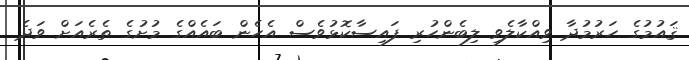
ޤައުމުގެ ހަރުމުދާ ވިއްކާލެވި ލިބެންހުރި ފައިސާކޮޅުވެސް އެހެން ބައެއްގެ މުށުގެ ތެރެއަށް ވަދެ